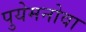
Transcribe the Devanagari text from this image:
पुयेमनोवा